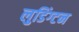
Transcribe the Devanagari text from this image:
लुडिंग्टन